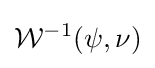
{\mathcal {W}}^{-1}(\psi ,\nu )